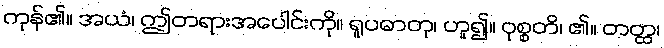
ကုန်၏။ အယံ၊ ဤတရားအပေါင်းကို။ ရူပဓာတု၊ ဟူ၍။ ဝုစ္စတိ၊ ၏။ တတ္ထ၊